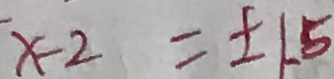
x - 2 = \pm 1 . 5